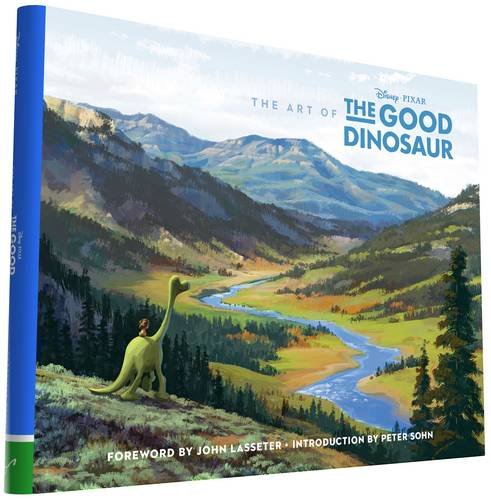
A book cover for The Art of the Good Dinosaur; Humor & Entertainment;